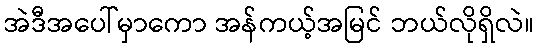
အဲဒီအပေါ်မှာကော အန်ကယ့်အမြင် ဘယ်လိုရှိလဲ။